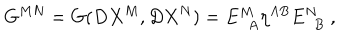
G ^ { M N } = G ( D X ^ { M } , D X ^ { N } ) = E _ { ~ ~ A } ^ { M ~ } \eta ^ { A B } E _ { ~ ~ B } ^ { N } ~ ,